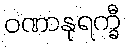
ဝဏာနုရက္ခီ